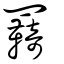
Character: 羇